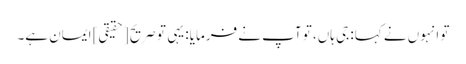
تو انہوں نے کہا: جی ہاں، تو آپ نے فرمایا: یہی تو صریح [حقیقی] ایمان ہے۔